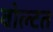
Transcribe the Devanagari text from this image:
वोल्टत